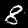
Digit: 8